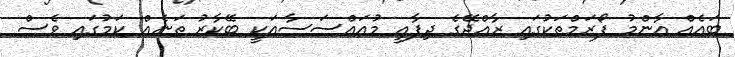
ބައެއް އާންމު ފޯރަމްތަކުގައި ރާއްޖޭގެ ދިފާއީ މުއައްސަސާއަކީ ބޭކާރު ތަނެއް ކަމުގައި ވެސް